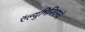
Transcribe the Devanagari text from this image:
ऍल्युमिनियमचे